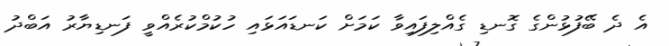
އެ ދެ ބޭފުޅުންގެ ގޮނޑި ގެއްލިފައިވާ ކަމަށް ކަނޑައަޅައި ހުކުމްކުރެއްވީ ފަނޑިޔާރު އަބްދު